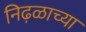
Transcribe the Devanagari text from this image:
निढ़ळाच्या